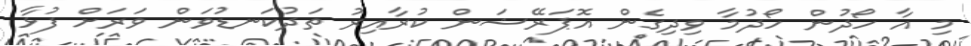
މި އާ ހޯދުން ހޯދުމާ ވިދިގެން އޮޕަރޭޝަން ކުރާއިރު ތަދުކަނޑުވަން ވަރަށް ފުޅާ